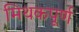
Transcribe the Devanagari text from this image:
मिथकपूर्ण